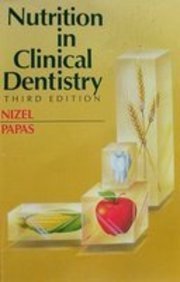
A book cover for Nutrition in Clinical Dentistry, 3e; Abraham E. Nizel DMD  MSD  FACD; Medical Books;